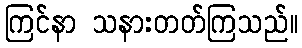
ကြင်နာ သနားတတ်ကြသည်။